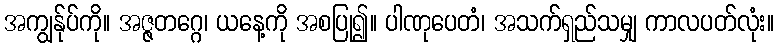
အကျွန်ုပ်ကို။ အဇ္ဇတဂ္ဂေ၊ ယနေ့ကို အစပြု၍။ ပါဏုပေတံ၊ အသက်ရှည်သမျှ ကာလပတ်လုံး။